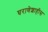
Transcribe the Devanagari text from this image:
घराणेशाहीस